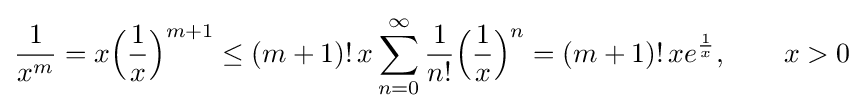
{\frac {1}{x^{m}}}=x{\Bigl (}{\frac {1}{x}}{\Bigr )}^{m+1}\leq (m+1)!\,x\sum _{n=0}^{\infty }{\frac {1}{n!}}{\Bigl (}{\frac {1}{x}}{\Bigr )}^{n}=(m+1)!\,xe^{\frac {1}{x}},\qquad x>0